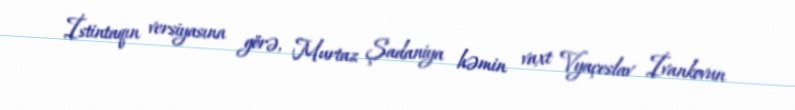
İstintaqın versiyasına görə, Murtaz Şadaniya həmin vaxt Vyaçeslav İvankovun